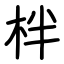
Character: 柈